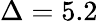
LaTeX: \Delta=5.2